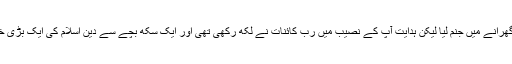
۲۸ ؍ مارچ ۱۸۷۲ کو ایک سکھ گھرانے میں جنم لیا لیکن ہدایت آپ کے نصیب میں رب کائنات نے لکھ رکھی تھی اور ایک سکھ بچے سے دین اسلام کی ایک بڑی خدمت کا لیا جانا مقدر ہو چکا تھا۔